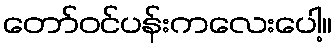
တော်ဝင်ပန်းကလေးပေါ့။